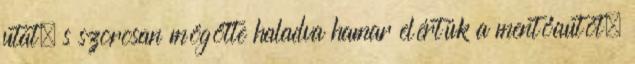
utat, s szorosan mögötte haladva hamar elértük a mentőautót.